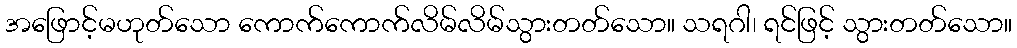
အဖြောင့်မဟုတ်သော ကောက်ကောက်လိမ်လိမ်သွားတတ်သော။ သရဂါ၊ ရင်ဖြင့် သွားတတ်သော။